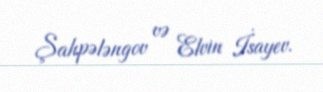
Şahpələngov və Elvin İsayev.